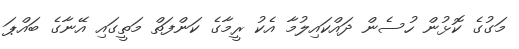
މަގުގެ ކޮޅުން ހުސެން ދައްކައިލުމާ އެކު ރީމާގެ ކަންފަތް މަތީގައި އޭނާގެ ބައްޕަ